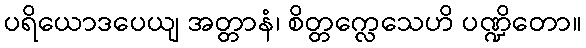
ပရိယောဒပေယျ အတ္တာနံ၊ စိတ္တက္လေသေဟိ ပဏ္ဍိတော။